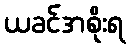
ယခင်အစိုးရ